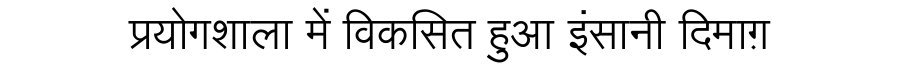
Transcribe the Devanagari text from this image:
प्रयोगशाला में विकसित हुआ इंसानी दिमाग़